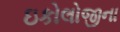
ઇકોલોજીના